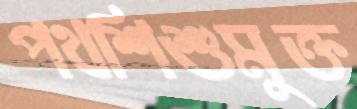
পথশিশুমুক্ত